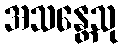
အသန္တေသု